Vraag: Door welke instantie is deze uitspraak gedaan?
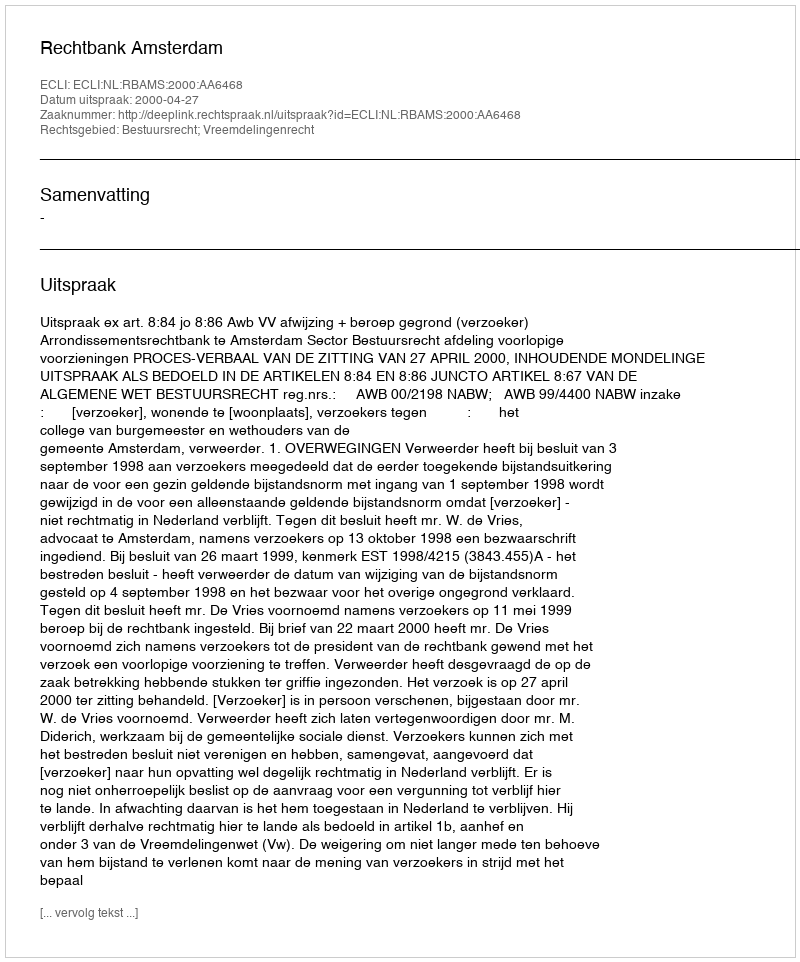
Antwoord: Rechtbank Amsterdam